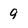
Character: 9